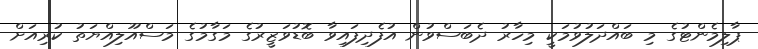
ޕާލިމެންޓުގެ މި ބައްދަލުވުމަކީ މިހާރު ދެބަސްވުން އުފެދިފައިވާ ބޮޑުވަޒީރުގެ މަގާމުގެ މަސްއޫލިއްޔަތު ކުރިއަށް